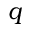
q